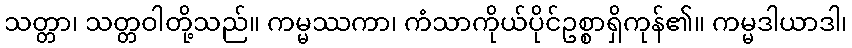
သတ္တာ၊ သတ္တဝါတို့သည်။ ကမ္မဿကာ၊ ကံသာကိုယ်ပိုင်ဥစ္စာရှိကုန်၏။ ကမ္မဒါယာဒါ၊